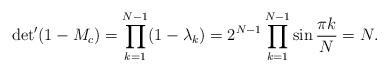
LaTeX: \begin{align*}{{\det}'(1-M_c)=\prod_{k=1}^{N-1}(1-\lambda_k)=2^{N-1}\prod_{k=1}^{N-1}\sin{\pi k\over N}= N. }\end{align*}